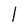
Character: l